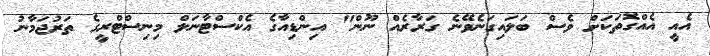
އެއީ އެއްގޮތަކަށް ވެސް ބަލައިގަނެވޭނެ ގަރާރެއް ނޫން" އިންޑިއާގެ އެކްސްޓާނަލް މިނިސްޓްރީގެ ތަރުޖަމާނު